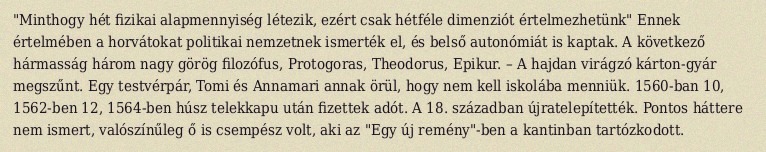
"Minthogy hét fizikai alapmennyiség létezik, ezért csak hétféle dimenziót értelmezhetünk" Ennek értelmében a horvátokat politikai nemzetnek ismerték el, és belső autonómiát is kaptak. A következő hármasság három nagy görög filozófus, Protogoras, Theodorus, Epikur. – A hajdan virágzó kárton-gyár megszűnt. Egy testvérpár, Tomi és Annamari annak örül, hogy nem kell iskolába menniük. 1560-ban 10, 1562-ben 12, 1564-ben húsz telekkapu után fizettek adót. A 18. században újratelepítették. Pontos háttere nem ismert, valószínűleg ő is csempész volt, aki az "Egy új remény"-ben a kantinban tartózkodott.